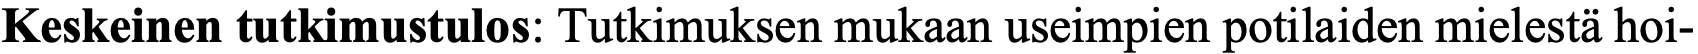
Keskeinen tutkimustulos: Tutkimuksen mukaan useimpien potilaiden mielestä hoi-